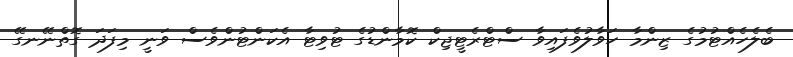
ބެލެހެއްޓުމުގެ ޒިންމާ ހަވާލުވެފައިވާ ސްޓްރެޓީޖިކް ކޮމާންޑުގެ ޓުވިޓާ އެކަންޓުންވެސް ވަނީ މިފަދަ ގޮތްނޭނގޭ